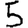
Digit: 5